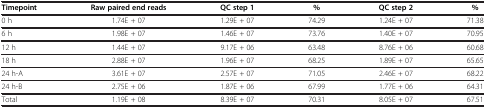
<table><thead><tr><td><b>Timepoint</b></td><td><b>Raw paired end reads</b></td><td><b>QC step 1</b></td><td><b>%</b></td><td><b>QC step 2</b></td><td><b>%</b></td></tr></thead><tbody><tr><td>0 h</td><td>1.74E + 07</td><td>1.29E + 07</td><td>74.29</td><td>1.24E + 07</td><td>71.38</td></tr><tr><td>6 h</td><td>1.98E + 07</td><td>1.46E + 07</td><td>73.76</td><td>1.40E + 07</td><td>70.95</td></tr><tr><td>12 h</td><td>1.44E + 07</td><td>9.17E + 06</td><td>63.48</td><td>8.76E + 06</td><td>60.68</td></tr><tr><td>18 h</td><td>2.88E + 07</td><td>1.96E + 07</td><td>68.25</td><td>1.89E + 07</td><td>65.65</td></tr><tr><td>24 h-A</td><td>3.61E + 07</td><td>2.57E + 07</td><td>71.05</td><td>2.46E + 07</td><td>68.22</td></tr><tr><td>24 h-B</td><td>2.75E + 06</td><td>1.87E + 06</td><td>67.99</td><td>1.77E + 06</td><td>64.31</td></tr><tr><td>Total</td><td>1.19E + 08</td><td>8.39E + 07</td><td>70.31</td><td>8.05E + 07</td><td>67.51</td></tr></tbody></table>